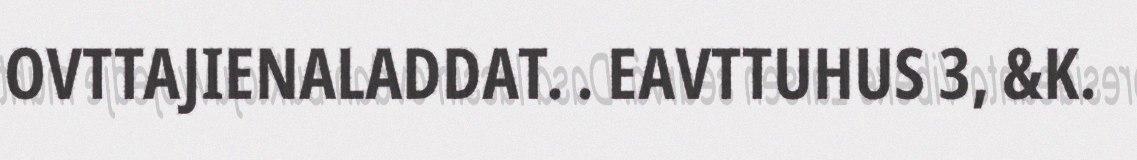
OVTTAJIENALADDAT. . EAVTTUHUS 3, &K.